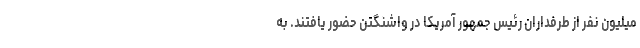
میلیون نفر از طرفداران رئیس جمهور آمریکا در واشنگتن حضور یافتند. به